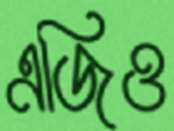
এজিও